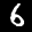
Label: 6